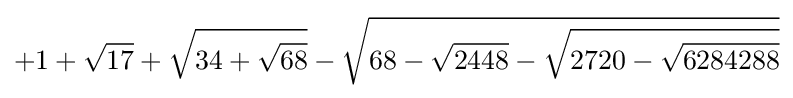
+1+{\sqrt {17}}+{\sqrt {34+{\sqrt {68}}}}-{\sqrt {68-{\sqrt {2448}}-{\sqrt {2720-{\sqrt {6284288}}}}}}